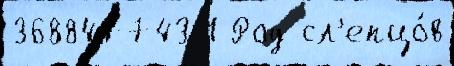
368847743 1 Род сл'епцо́в